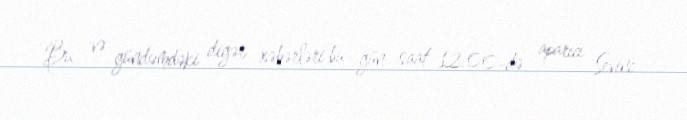
Bu və gündəmdəki digər xəbərləri bu gün saat 12.00-də aparıcı Sevinc